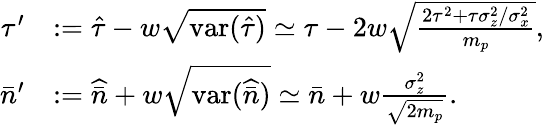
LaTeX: \begin{array}{rl}{\tau^{\prime}}&{:=\hat{\tau}-w\sqrt{\mathrm{var}(\hat{\tau})}\simeq\tau-2w\sqrt{\frac{2\tau^{2}+\tau\sigma_{z}^{2}/\sigma_{x}^{2}}{m_{p}}},}\\ {\bar{n}^{\prime}}&{:=\widehat{\bar{n}}+w\sqrt{\mathrm{var}(\widehat{\bar{n}})}\simeq\bar{n}+w\frac{\sigma_{z}^{2}}{\sqrt{2m_{p}}}.}\end{array}